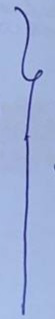
}